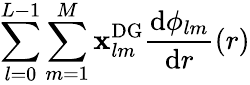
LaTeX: \sum_{l=0}^{L-1}\sum_{m=1}^{M}\mathbf{x}_{lm}^{\mathrm{{DG}}}\frac{\mathrm{d}\phi_{lm}}{\mathrm{d}r}(r)